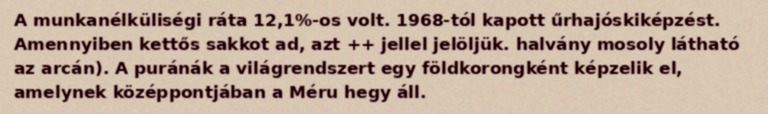
A munkanélküliségi ráta 12,1%-os volt. 1968-tól kapott űrhajóskiképzést. Amennyiben kettős sakkot ad, azt ++ jellel jelöljük. halvány mosoly látható az arcán). A puránák a világrendszert egy földkorongként képzelik el, amelynek középpontjában a Méru hegy áll.